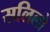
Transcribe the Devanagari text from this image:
सलिलो